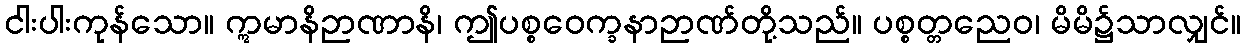
ငါးပါးကုန်သော။ ဣမာနိဉာဏာနိ၊ ဤပစ္စဝေက္ခနာဉာဏ်တို့သည်။ ပစ္စတ္တညေဝ၊ မိမိ၌သာလျှင်။